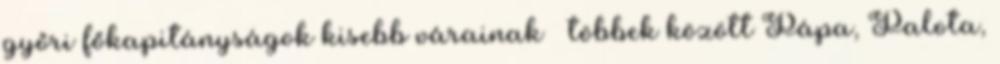
győri főkapitányságok kisebb várainak – többek között Pápa, Palota,